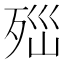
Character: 𣧽